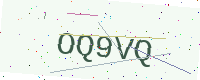
Text: OQ9VQ